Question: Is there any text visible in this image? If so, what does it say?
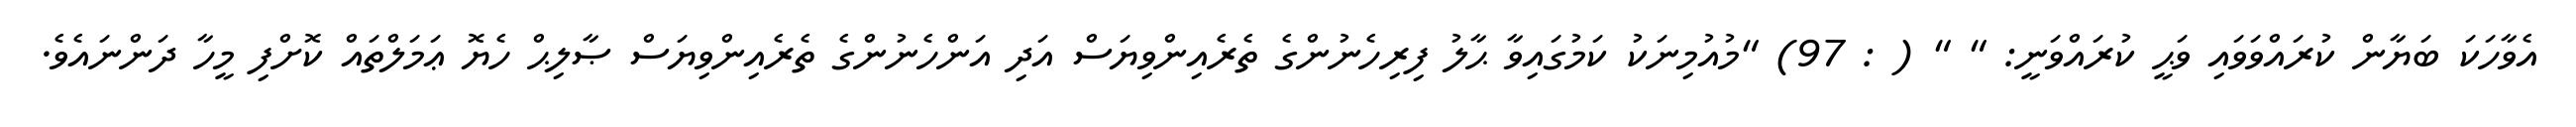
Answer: އެވާހަކަ ބަޔާން ކުރައްވަވައި ވަޙީ ކުރައްވަނީ: " " ( : 97) "މުއުމިނަކު ކަމުގައިވާ ޙާލު ފިރިހެނުންގެ ތެރެއިންވިޔަސް އަދި އަންހެނުންގެ ތެރެއިންވިޔަސް ޞާލިޙް ހެޔޮ ޢަމަލްތައް ކޮށްފި މީހާ ދަންނައެވެ.